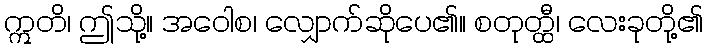
ဣတိ၊ ဤသို့။ အဝေါစ၊ လျှောက်ဆိုပေ၏။ စတုတ္ထီ၊ လေးခုတို့၏